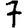
Digit: 7